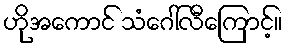
ဟိုအကောင် သံဂေါ်လီကြောင့်။